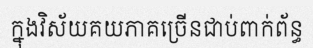
ក្នុងវិស័យគយភាគច្រើនជាប់ពាក់ព័ន្ធ